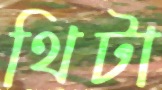
থিটা